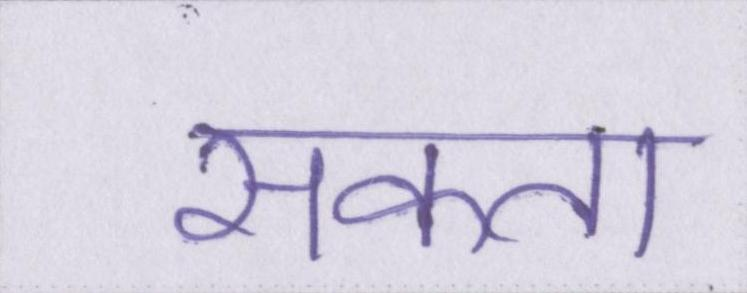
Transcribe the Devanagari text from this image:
सकता